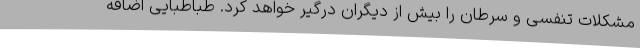
مشکلات تنفسی و سرطان را بیش از دیگران درگیر خواهد کرد. طباطبایی اضافه